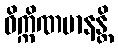
ဝိက္ကိဏမာနန္တိ